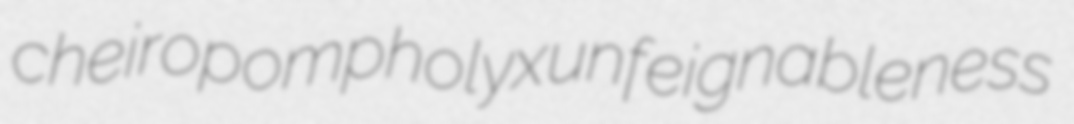
cheiropompholyx unfeignableness